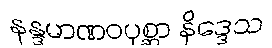
နန္ဒမာဏဝပုစ္ဆာ နိဒ္ဒေသ